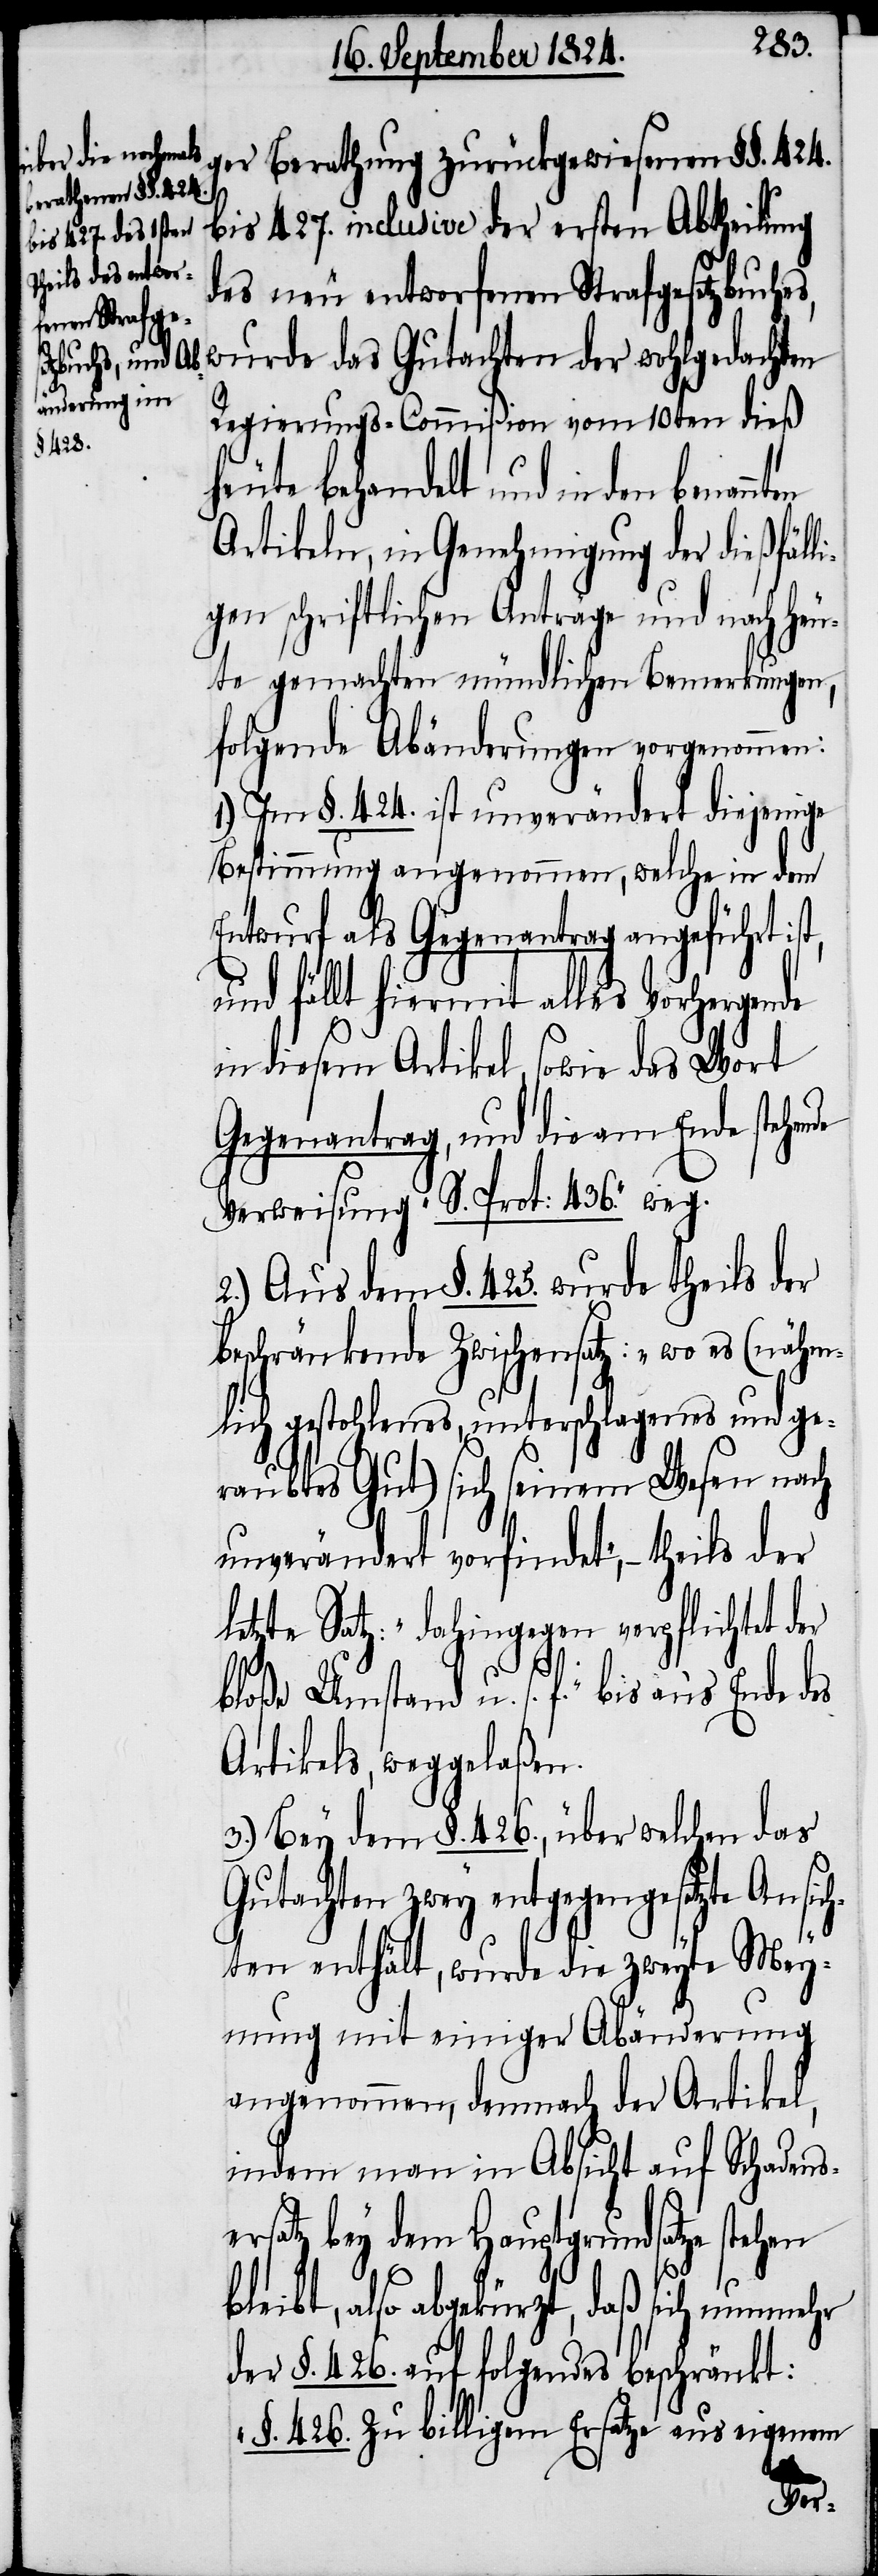
Berathung zurückgewiesenen §§. 424.
bis 427. inclusive der ersten Abtheilung
des neu entworfenen Strafgesetzbuche¬
wurde das Gutachten der wohlgedachten
Regierungs-Commißion vom 10ten dieß
heute behandelt und in den
Artikeln, in Genehmigung der dießfäll¬
igen schriftlichen Anträge und nach heu¬
te gemachten mündlichen Bemerkungen,
folgende Abänderungen vorgenommen:
1.) Im §. 424. ist unverändert diejenige
Bestimmung angenommen, welche in dem
Entwurf als Gegenantrag angeführt
und fällt hiermit alles Vorhergeh¬
in diesem Artikel, sowie das Wort
Gegenantrag, und die am Ende stehende
Verweisung „S. Prot: 436.“ weg.
2.) Aus dem §. 425. wurde theils der
beschränkende Zwischensatz: „wo es (näm¬
lich gestohlenes, unterschlagenes und ge¬
raubtes Gut) sich seinem Wesen nach
unverändert vorfindet“, – theils der
letzte Satz „dahingegen verpflichtet der
bloße Umstand u. s. f.“ bis an’s Ende des
Artikels, weggelaßen.
3.) Bey dem §. 426., über welchen das
Gutachten zwey entgegengesetzte Ansic¬
hten enthält, wurde die zweyte Mey¬
nung mit einiger Abänderung
angenommen, demnach der Artikel,
indem man in Absicht auf Schadens¬
ersatz bey dem Hauptgrundsatze stehen
b¬
leibt, also abgekürzt, daß sich nunmehr
der §. 426. auf folgendes beschränkt:
„§. 426. zu billigem Ersatze aus eigenem